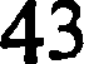
43